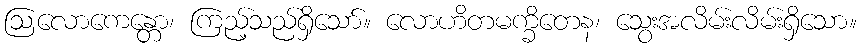
ဩလောကေန္တော၊ ကြည့်သည်ရှိသော်။ လောဟိတမက္ခိတေန၊ သွေးအလိမ်းလိမ်းရှိသော။